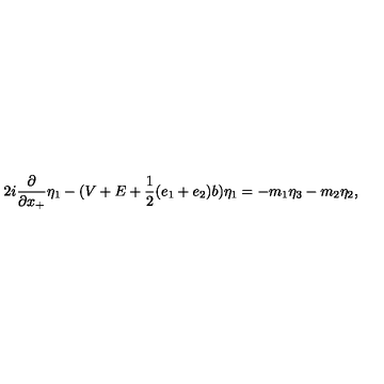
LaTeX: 2 i \frac { \partial } { \partial x _ { + } } { \eta } _ { 1 } - ( V + E + \frac { 1 } { 2 } ( e _ { 1 } + e _ { 2 } ) b ) { \eta } _ { 1 } = - m _ { 1 } { \eta } _ { 3 } - m _ { 2 } { \eta } _ { 2 } ,